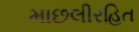
માછલીરહિત